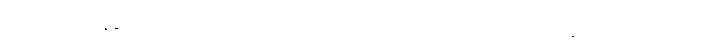
ဘဒ္ဒါအမည်ရှိသော။ ဒေဝိယာ၊ မိဖုရားသည်။ ကာလင်္ကတာယ၊ သေလွန်ခဲ့သည်ရှိသော်။